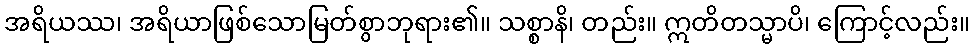
အရိယဿ၊ အရိယာဖြစ်သောမြတ်စွာဘုရား၏။ သစ္စာနိ၊ တည်း။ ဣတိတသ္မာပိ၊ ကြောင့်လည်း။